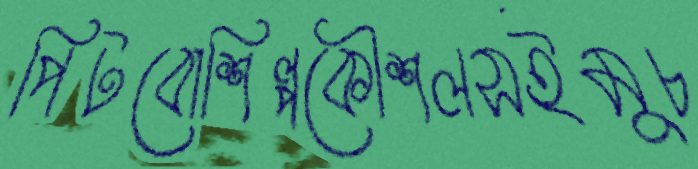
পিটবোশিল্পকৌশলসইমুচ